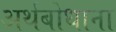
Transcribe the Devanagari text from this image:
अर्थबोधाना